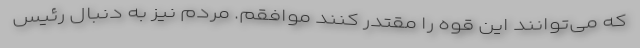
که می‌توانند این قوه را مقتدر کنند موافقم. مردم نیز به دنبال رئیس